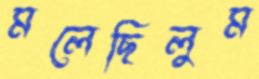
মলেছিলুম